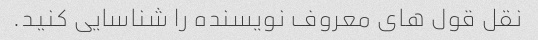
نقل قول های معروف نویسنده را شناسایی کنید.